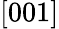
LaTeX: \left[001\right]